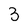
Character: 3